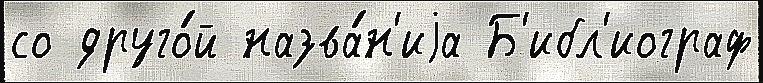
со друго́й назва́н'иjа Б'ибл'иограф